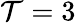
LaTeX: \mathcal{T}=3